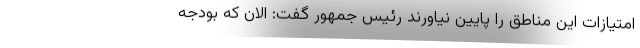
امتیازات این مناطق را پایین نیاورند رئیس جمهور گفت: الان که بودجه